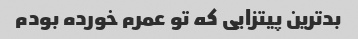
بدترین پیتزایی که تو عمرم خورده بودم